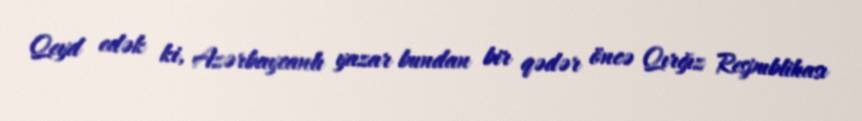
Qeyd edək ki, Azərbaycanlı yazar bundan bir qədər öncə Qırğız Respublikası